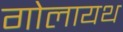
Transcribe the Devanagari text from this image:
गोलायथ